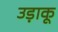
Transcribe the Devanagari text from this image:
उड़ाकू